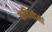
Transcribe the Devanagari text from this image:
कवियोमां